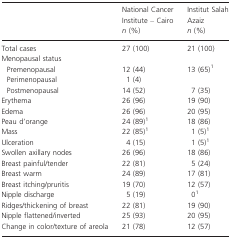
|  | National Cancer Institute – Cairo n (%) | Institut Salah Azaiz n (%) |
 | --- | --- | --- |
 | Total cases | 27 (100) | 21 (100) |
 | <COLSPAN=3> Menopausal status |
 | Premenopausal | 12 (44) | 13 (65)1 |
 | Perimenopausal | 1 (4) |  |
 | Postmenopausal | 14 (52) | 7 (35) |
 | Erythema | 26 (96) | 19 (90) |
 | Edema | 26 (96) | 20 (95) |
 | Peau d'orange | 24 (89)1 | 18 (86) |
 | Mass | 22 (85)1 | 1 (5)1 |
 | Ulceration | 4 (15) | 1 (5)1 |
 | Swollen axillary nodes | 26 (96) | 18 (86) |
 | Breast painful/tender | 22 (81) | 5 (24) |
 | Breast warm | 24 (89) | 17 (81) |
 | Breast itching/pruritis | 19 (70) | 12 (57) |
 | Nipple discharge | 5 (19) | 01 |
 | Ridges/thickening of breast | 22 (81) | 19 (90) |
 | Nipple flattened/inverted | 25 (93) | 20 (95) |
 | Change in color/texture of areola | 21 (78) | 12 (57) |